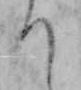
り